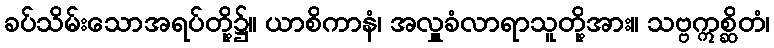
ခပ်သိမ်းသောအရပ်တို့၌။ ယာစိကာနံ၊ အလှူခံလာရာသူတို့အား။ သဗ္ဗဣစ္ဆိတံ၊